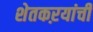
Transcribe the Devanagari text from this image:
शेतकऱयांची